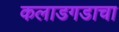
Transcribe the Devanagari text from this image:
कलाडगडाचा